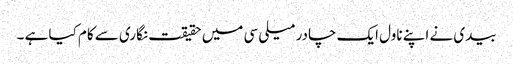
بیدی نے اپنے ناول ایک چادر میلی سی میں حقیقت نگاری سے کام کیا ہے ۔